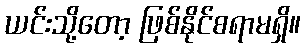
ယင်းသို့တော့ ဖြစ်နိုင်စရာမရှိ။